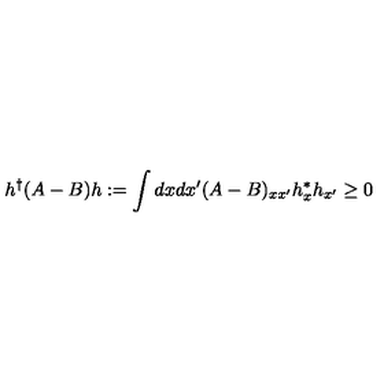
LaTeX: h ^ { \dagger } ( A - B ) h : = \int d x d x ^ { \prime } ( A - B ) _ { x x ^ { \prime } } h _ { x } ^ { * } h _ { x ^ { \prime } } \geq 0